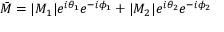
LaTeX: { \bar { M } } = | M _ { 1 } | e ^ { i \theta _ { 1 } } e ^ { - i \phi _ { 1 } } + | M _ { 2 } | e ^ { i \theta _ { 2 } } e ^ { - i \phi _ { 2 } }